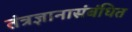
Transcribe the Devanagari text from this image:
तंत्रज्ञानासंबंधित